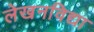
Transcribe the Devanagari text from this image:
लेखनविद्या